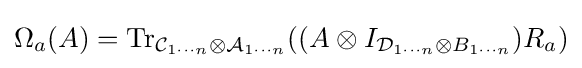
\Omega _{a}(A)=\operatorname {Tr} _{{\mathcal {C}}_{1\cdots n}\otimes {\mathcal {A}}_{1\cdots n}}((A\otimes I_{{\mathcal {D}}_{1\cdots n}\otimes B_{1\cdots n}})R_{a})